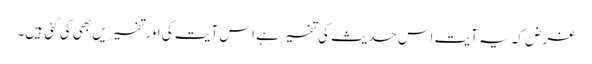
غرض کہ یہ آیت اس حدیث کی تفسیر ہے اس آیت کی اورتفسیریں بھی کی گئی ہیں۔